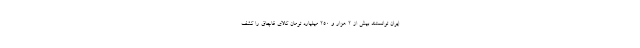
ایران توانستند بیش از 2 هزار و 250 میلیارد تومان کالای قاچاق را کشف